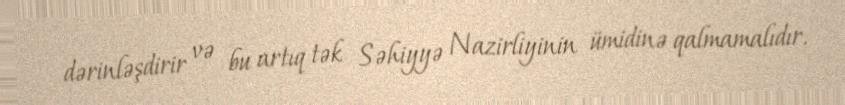
dərinləşdirir və bu artıq tək Səhiyyə Nazirliyinin ümidinə qalmamalıdır.